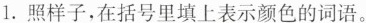
1.照样子，在括号里填上表示颜色的词语。